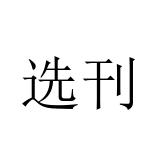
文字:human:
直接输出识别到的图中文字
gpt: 选刊